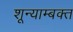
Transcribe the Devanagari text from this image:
शून्याम्बक्त